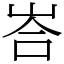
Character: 峇